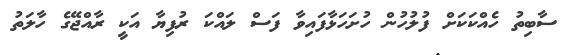
ސާބިތު ހެއްކަކަށް ފުލުހުން ހުށަހަޅާފައިވާ ފަސް ލައްކަ ރުފިޔާ އަކީ ރާއްޖޭގެ ހާލަތު